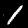
Digit: 1